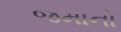
જમાનો